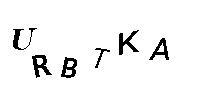
URBTKA